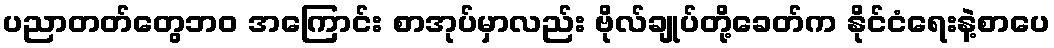
ပညာတတ်တွေဘဝ အကြောင်း စာအုပ်မှာလည်း ဗိုလ်ချုပ်တို့ခေတ်က နိုင်ငံရေးနဲ့စာပေ